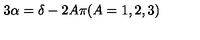
3 \alpha = \delta - 2 A \pi ( A = 1 , 2 , 3 )